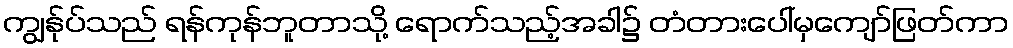
ကျွန်ုပ်သည် ရန်ကုန်ဘူတာသို့ ရောက်သည့်အခါ၌ တံတားပေါ်မှကျော်ဖြတ်ကာ